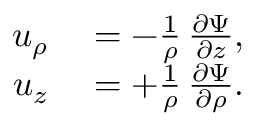
\begin{array} { r l } { u _ { \rho } } & { { } = - { \frac { 1 } { \rho } } \, { \frac { \partial \Psi } { \partial z } } , } \\ { u _ { z } } & { { } = + { \frac { 1 } { \rho } } \, { \frac { \partial \Psi } { \partial \rho } } . } \end{array}